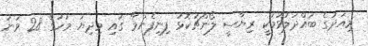
މިއަދުގެ ބައްދަލުވުމަކީ ރިޔާސީ ލޯންޗުކޮޅު ފިނިފެންމާ ގައި މިދިޔަ މަހުގެ 28 ވަނަ